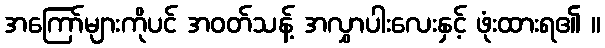
အကြော်များကိုပင် အဝတ်သန့် အလွှာပါးလေးနှင့် ဖုံးထားရ၏ ။